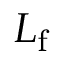
L _ { \mathrm { f } }